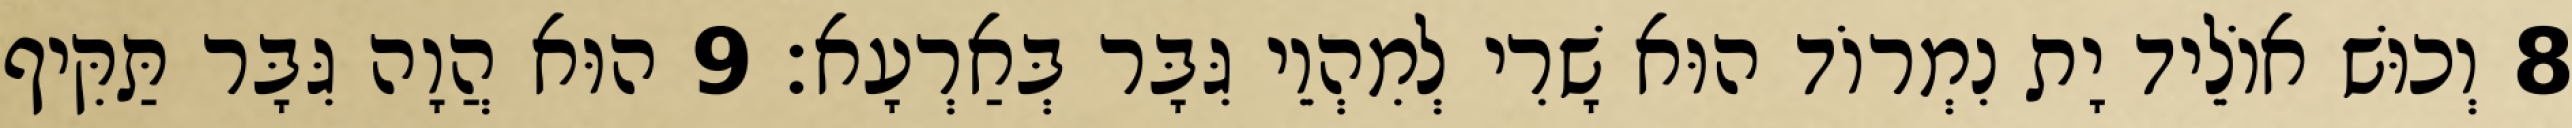
8 וְכוּשׁ אוֹלֵיד יָת נִמְרוֹד הוּא שָׁרִי לְמִהְוֵי גִּבָּר בְּאַרְעָא׃ 9 הוּא הֲוָה גִּבָּר תַּקִּיף